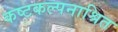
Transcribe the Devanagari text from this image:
कष्टकल्पनाश्रित